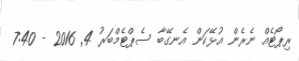
ރިޕޯޓެއް ނެރެން އުޅޭކަން އެނގޭބާ ސެޕްޓެމްބަރު 4